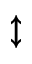
\updownarrow